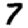
Digit: 7